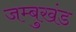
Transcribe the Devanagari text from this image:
जम्बुखंड